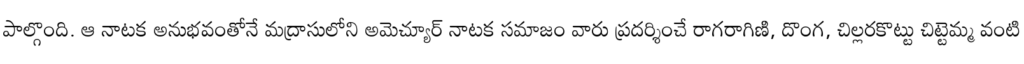
పాల్గొంది. ఆ నాటక అనుభవంతోనే మద్రాసులోని అమెచ్యూర్ నాటక సమాజం వారు ప్రదర్శించే రాగరాగిణి, దొంగ, చిల్లరకొట్టు చిట్టెమ్మ వంటి